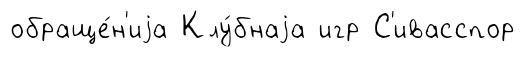
обраще́н'иjа Клу́бнаjа игр С'ивасспор